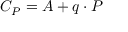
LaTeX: \textstyle C _ { P } = A + q \cdot P \,